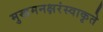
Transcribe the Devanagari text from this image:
मुखमनक्षरंस्वाकृते